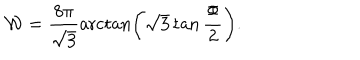
{ \mathcal W } = \frac { 8 \pi } { \sqrt 3 } \operatorname { a r c t a n } \left( \sqrt 3 \tan \frac \Phi 2 \right) .